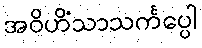
အဝိဟိံသာသင်္ကပ္ပေါ